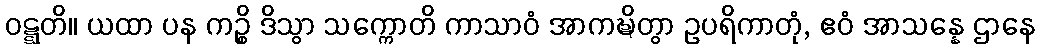
ဝဋ္ဋတိ။ ယထာ ပန ကဉ္စိ ဒိသွာ သက္ကောတိ ကာသာဝံ အာကဍ္ဎိတွာ ဥပရိကာတုံ, ဧဝံ အာသန္နေ ဌာနေ